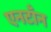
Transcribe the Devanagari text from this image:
एनटाँन